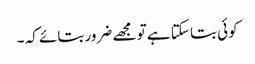
کوئی بتا سکتا ہے تو مجھے ضرور بتائے کہ ۔